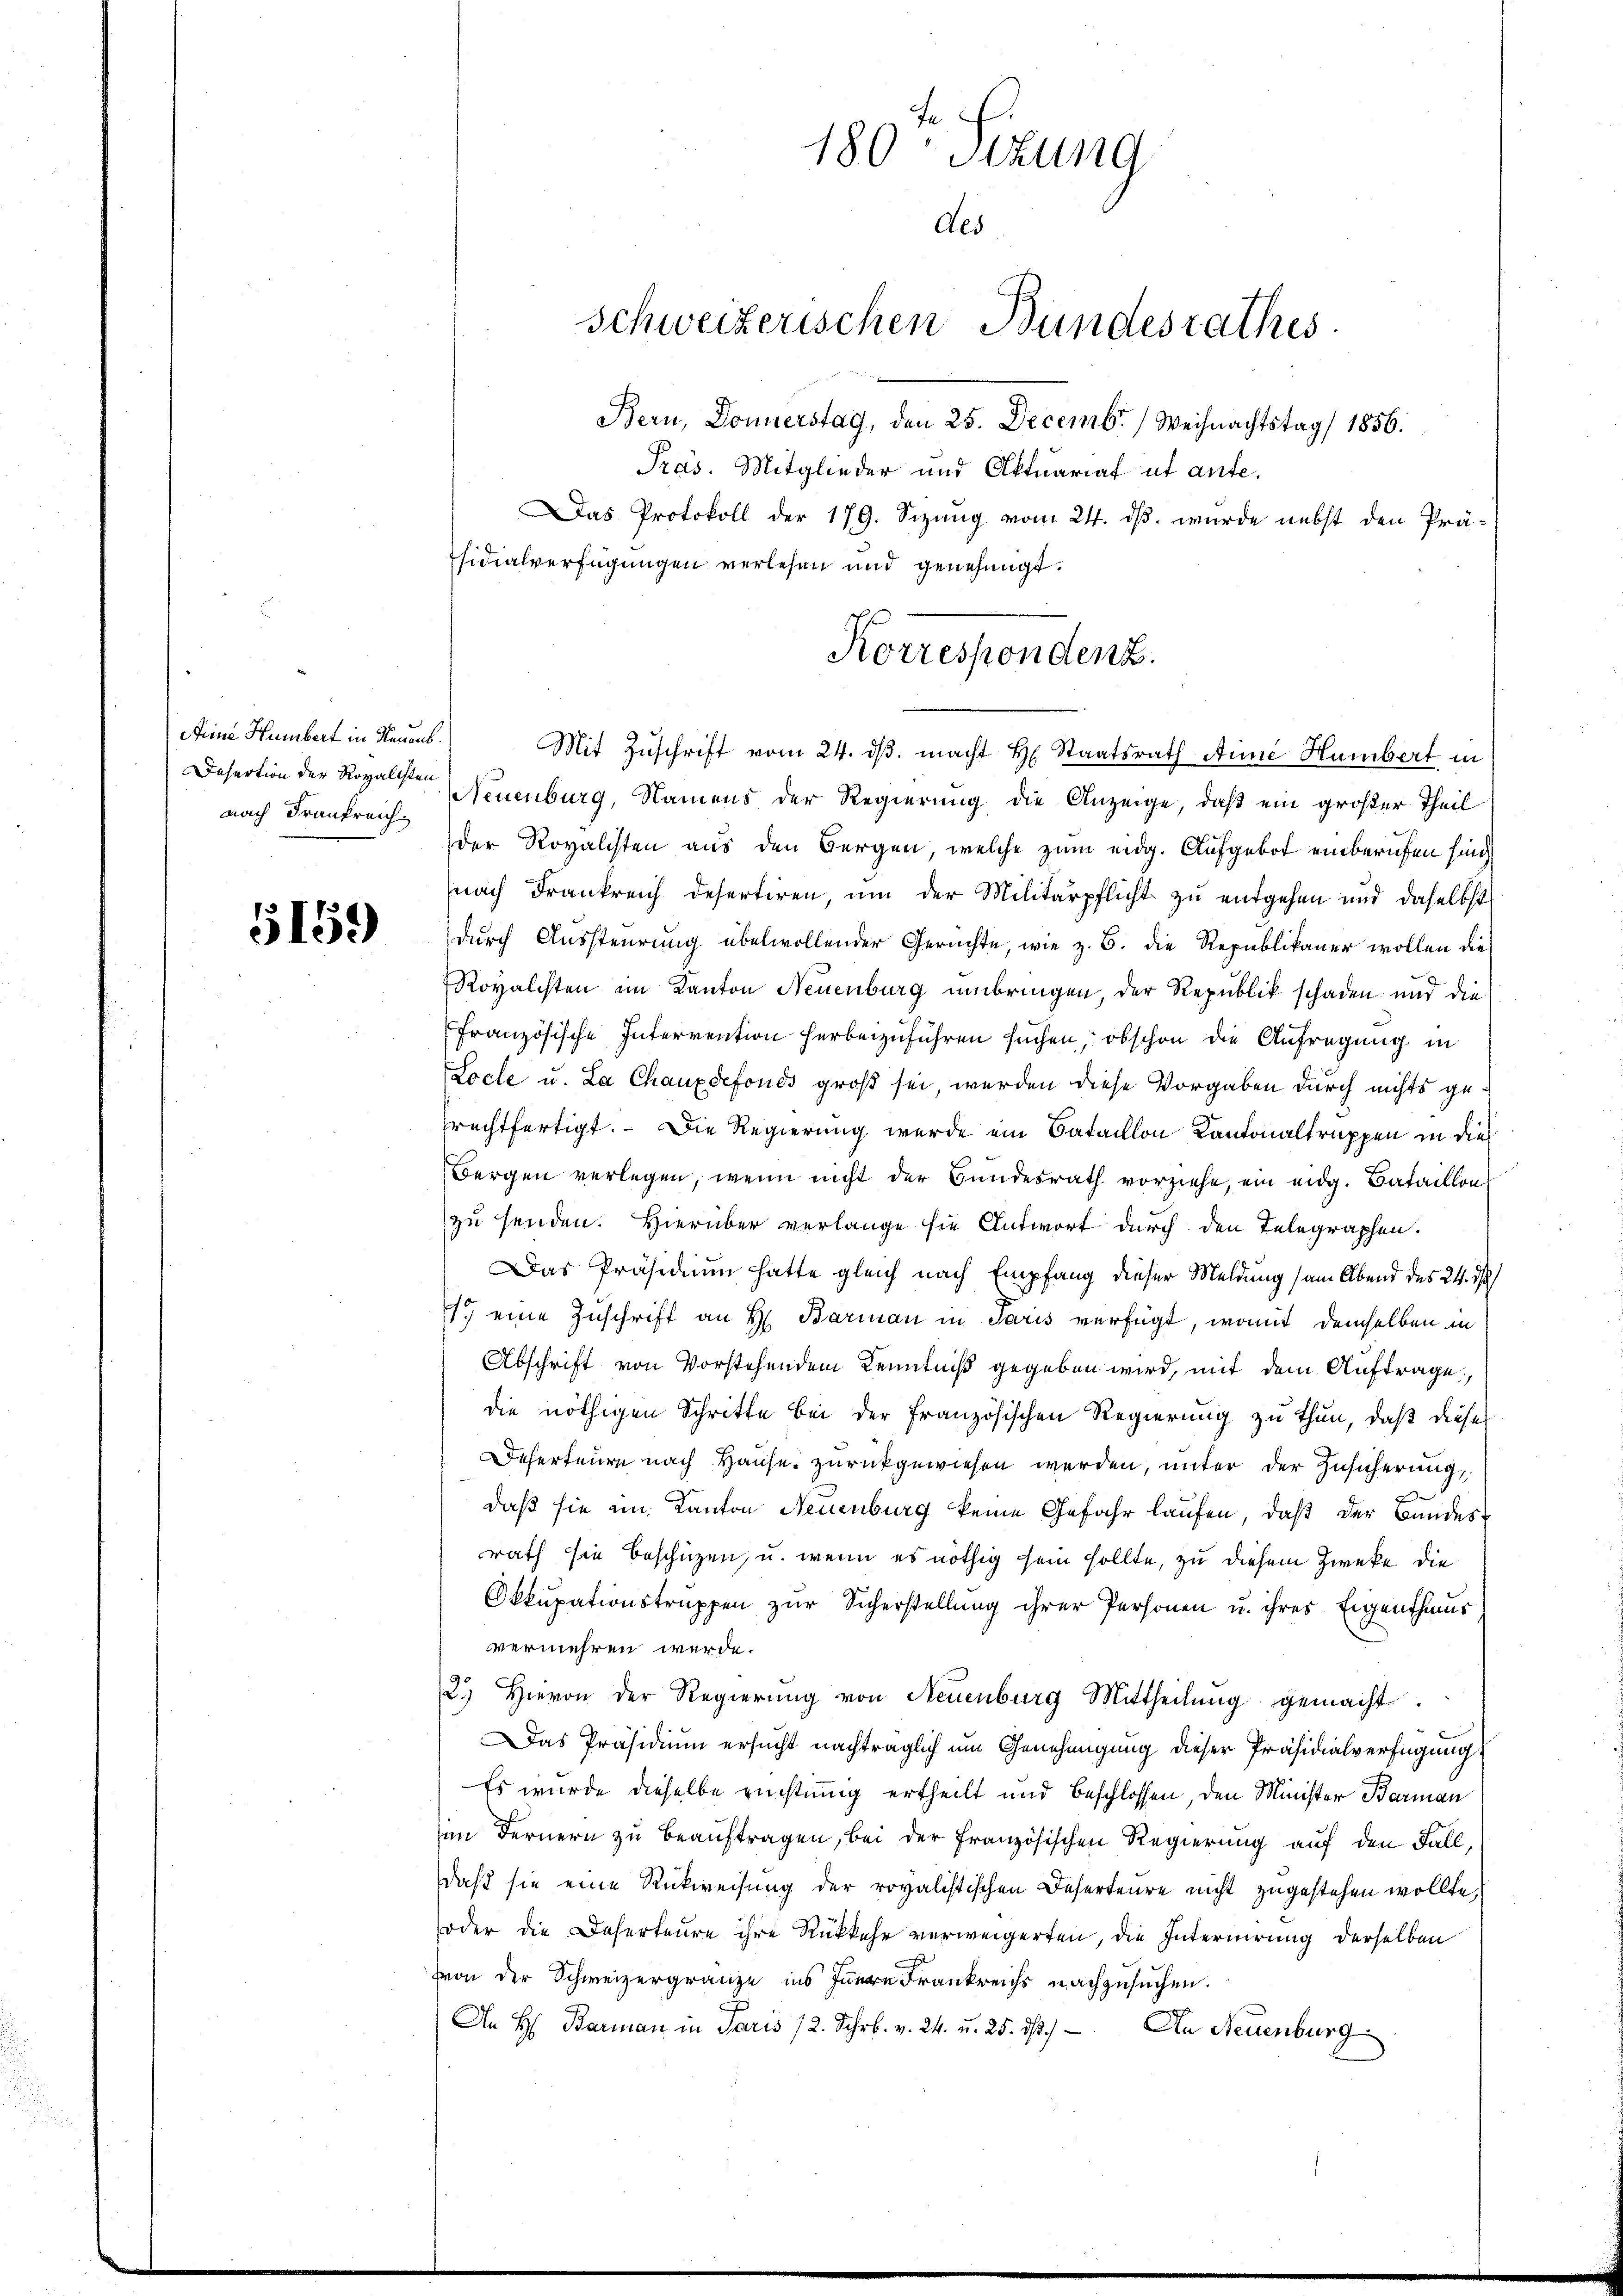
Aeine Humbert in Neuenb
Desertion der Royalisten
nach Frankreich

5159

180 Sizung
Als
Schweizerischen Bundesrathes
Bern, Donnerstag, den 25. Decemb. Weihnachtstag 1856.
Präs. Mitglieder und Aktuariat ut aufe.
Das Protokoll der 179. Sizung vom 24. ds. wurde nebst den Prä¬

sidialverfügungen verlesen und genehmigt.

Korrespondenz.

Mit Zuschrift vom 24. dβ macht H. Staatsrath Anne Humbert in
Neuenburg, Namens der Regierung die Anzeige, daß ein großer Theil
der Royalisten aus den Bergen, welche zum eidg. Aufgebot einberufen sind
nach Frankreich desertiren, um der Militärpflicht zu entgehen und daselbst
durch Aussteurung übelwollender Gerichte, wie z. B. die Republikaner wollen die
Royalchten im Kanton Neuenburg umbringen, der Republik schaden und die
Französische Interrention herbeizuführen suchen, obschon die Aufregung in
Locle u. La Chauxdefonds groß sei, werden diese Vorgaben durch nichts gesrechtfertigt. Die Regierung werde ein Bataillon Kantonaltruppen in dies
Bergen verlegen, wenn nicht der Bundesrath vorziehe, ein eidg. Bataillon
zu senden. Hierüber verlange sie Antwort durch den Telegraphen.
Das Präsidium hatte gleich nach Empfang dieser Meldung (am Abend des 24. d
11.) eine Zuschrift an H. Barian in Paris verfügt, womit demselben in
Abschrift von Vorstehenden Kenntniß gegeben wird, mit dem Auftrage,
die nöthigen Schritte bei der französischen Regierung zu thun, daß diese
Deserteure nach Hause zurückgewiesen werden, unter der Zusicherung,
daß sie am Kanton Neuenburg keine Gefahr laufen, daß der Bundes-
rath sie beschüzen, u. wenn es nöthig sein sollte, zu diesem Zwecke die
Okkupationstruppen zŭr Sicherstellung ihrer Personen u. ihres Eigenthums
vermehren werde.
2.) Hievon der Regierŭng von Neuenburg Mittheilŭng gemacht.
Das Präsidium ersucht nachträglich um Genehmigung dieser Präsidialverfügungs
Es wurde dieselbe richtung ertheilt und beschlossen, den Minister Barman
an Fernern zu beauftragen, bei der französischen Regierung auf den Fall,
daß sie eine Rückweisung der rovalistischen Deserteure nicht zugestehen wollte,
oder die Deserteure ihre Rückkehr verweigerten, die Internirung derselben
von der Schweizergränze ins Innern Frankreichs nachzusuchen.
An H. Barman in Paris 12. Schrb. v. 24. u. 25. dß.). An Neuenburg